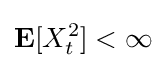
\mathbf {E} [X_{t}^{2}]<\infty